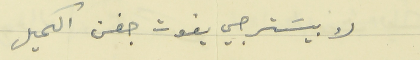
لا بيسَترجي يفوت جفن الكحيل